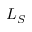
L _ { S }